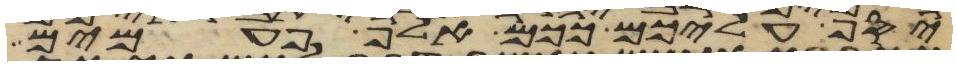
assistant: יסף עליכם ככם אלף פעמים